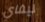
ليفاي